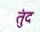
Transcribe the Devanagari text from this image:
तुंद